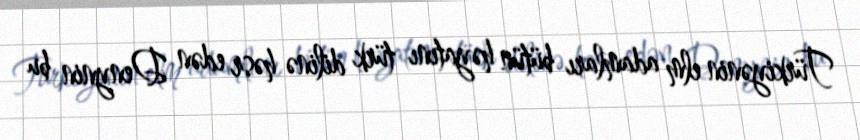
Türkiyənin elm adamları bütün həyatını türk dilinə həsr edən Denynin bu